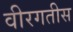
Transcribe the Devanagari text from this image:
वीरगतीस